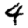
Digit: 4